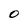
Character: 0